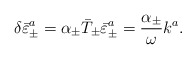
\begin{align*}\delta \bar{\varepsilon}^{a}_\pm = \alpha_{\pm}\bar{T}_{\pm} \bar{\varepsilon}^{a}_\pm = \frac{\alpha_{\pm} }{\omega}k^a.\end{align*}